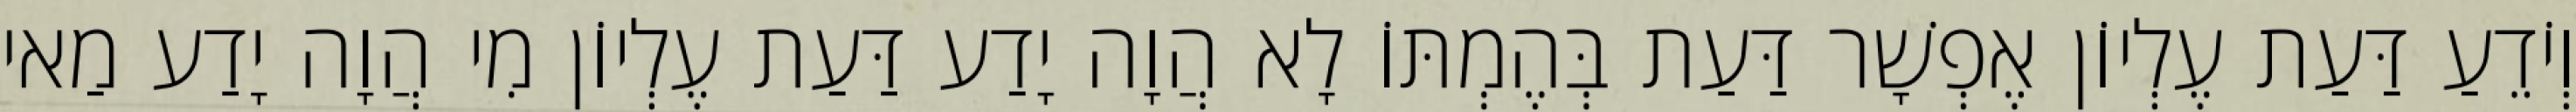
וְיֹדֵעַ דַּעַת עֶלְיוֹן אֶפְשָׁר דַּעַת בְּהֶמְתּוֹ לָא הֲוָה יָדַע דַּעַת עֶלְיוֹן מִי הֲוָה יָדַע מַאי